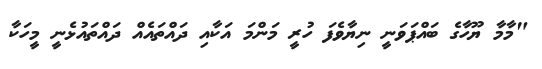
"މާމާ ޔޫހާގެ ބައްޕަވަނީ ނިޔާވެފަ ހުރީ މަންމަ އަކާއި ދައްތައެއް ދައްތައުޅެނީ މީހަކާ